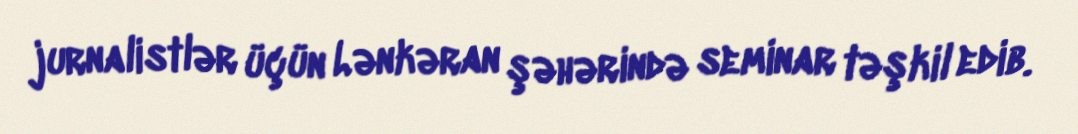
jurnalistlər üçün Lənkəran şəhərində seminar təşkil edib.